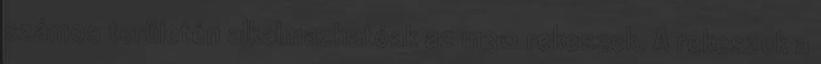
számos területén alkalmazhatóak az m30 rekeszek. A rekeszek a